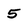
Character: 5